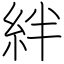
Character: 絆